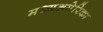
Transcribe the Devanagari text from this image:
मध्यअमेरिका